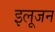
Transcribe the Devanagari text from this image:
इलूजन